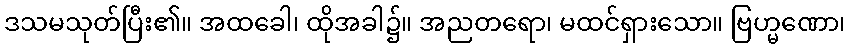
ဒသမသုတ်ပြီး၏။ အထခေါ၊ ထိုအခါ၌။ အညတရော၊ မထင်ရှားသော။ ဗြဟ္မဏော၊